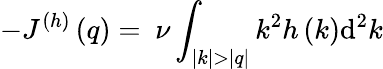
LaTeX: -J^{(h)}\left(q\right)=~\nu\int_{|k|>|q|}{k^{2}h\left(k\right)\mathrm{d}^{2}k}